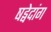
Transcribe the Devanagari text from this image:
षड्वेदांग